Vaccination United Provinces of Agra and Oudh 1902-1913 - 1902-1913
Year: 1902
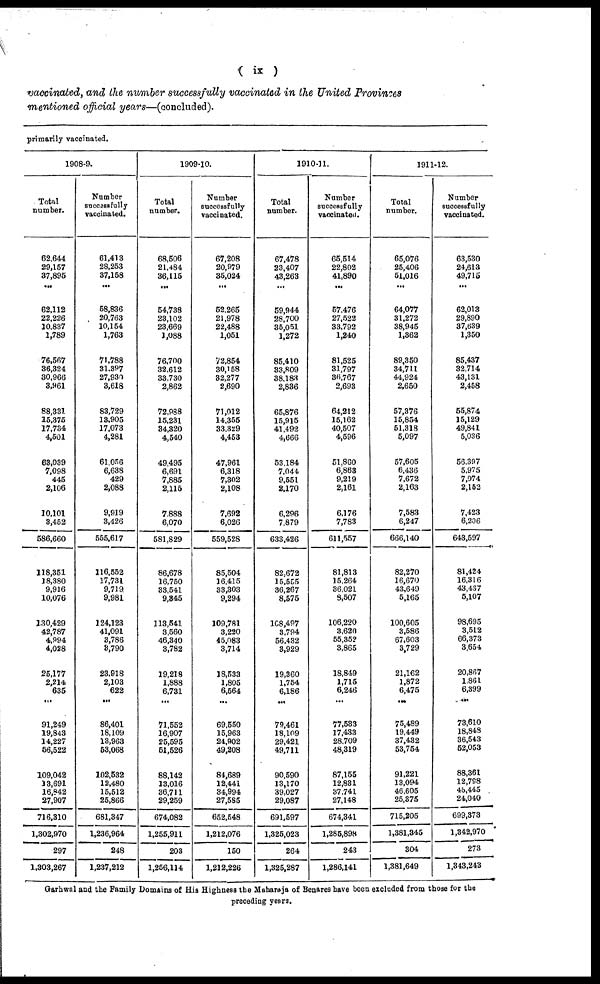
( ix )
vaccinated, and the number successfully vaccinated in the United Provinces
mentioned official years—(concluded).
primarily vaccinated.
1908-9.
Total
number.
62,644
29,157
37,895
...
62,112
22,226
10,837
1,789
76,567
36,324
30,966
3,961
88,331
15,375
17,734
4,501
63,039
7,098
445
2,106
10,101
3,452
586,660
118,351
18,380
9,916
10,076
130,429
42,787
4,994
4,028
25,177
2,214
635
...
91,249
19,843
14,227
56,522
109,042
13,691
16,842
27,907
716,310
1,302,970
297
1,303,267
Number
successfully
vaccinated.
61,413
28,253
37,158
...
58,836
20,763
10,154
1,763
71,788
31,397
27,930
3,618
83,729
13,905
17,073
4,281
61,056
6,638
429
2,088
9,919
3,426
555,617
116,552
17,731
9,719
9,981
124,123
41,091
3,786
3,790
23,918
2,103
622
...
86,401
18,109
13,963
53,068
102,532
12,480
15,512
25,866
681,347
1,236,964
248
1,237,212
1909-10.
Total
number.
68,506
21,484
36,115
...
54,738
23,102
23,669
1,088
76,700
32,612
33,730
2,862
72,988
15,231
34,320
4,540
49,495
6,691
7,885
2,115
7,888
6,070
581,829
86,678
16,750
33,541
9,345
113,541
3,560
46,340
3,782
19,218
1,888
6,731
...
71,552
16,907
25,595
51,526
88,142
13,016
36,711
29,259
674,082
1,255,911
203
1,256,114
Number
successfully
vaccinated.
67,208
20,979
35,024
...
52,265
21,978
22,488
1,051
72,854
30,158
32,277
2,690
71,012
14,355
33,329
4,453
47,961
6,318
7,302
2,108
7,692
6,026
559,528
85,504
16,415
33,303
9,294
109,781
3,220
45,083
3,714
18,533
1,805
6,564
...
69,550
15,963
24,902
49,208
84,689
12,441
34,994
27,585
652,548
1,212,076
150
1,212,226
1910-11.
Total
number.
67,478
23,407
43,263
...
59,944
28,700
35,051
1,272
85,410
33,809
38,183
2,836
65,876
15,915
41,492
4,666
53,184
7,044
9,551
2,170
6,296
7,879
633,426
82,672
15,555
36,267
8,575
108,497
3,794
56,432
3,929
19,360
1,754
6,186
...
79,461
18,109
29,421
49,711
90,590
13,170
39,027
29,087
691,597
1,325,023
264
1,325,287
Number
successfully
vaccinated.
65,514
22,802
41,890
...
57,476
27,522
33,792
1,240
81,525
31,797
36,767
2,693
64,212
15,162
40,507
4,596
51,860
6,863
9,219
2,161
6,176
7,783
611,557
81,813
15,264
36,021
8,507
106,220
3,620
55,352
3,865
18,849
1,715
6,246
...
77,533
17,433
28,709
48,319
87,155
12,831
37,741
27,148
674,341
1,285,898
243
1,286,141
1911-12.
Total
number.
65,076
25,406
51,016
...
64,077
31,272
38,945
1,362
89,350
34,711
44,924
2,650
57,376
15,854
51,318
5,097
57,605
6,436
7,672
2,163
7,583
6,247
666,140
82,270
16,670
43,649
5,165
100,605
3,586
67,603
3,729
21,162
1,872
6,475
...
75,489
19,449
37,432
53,754
91,221
13,094
46,605
25,375
715,205
1,381,345
304
1,381,649
Number
successfully
vaccinated.
63,530
24,613
49,715
...
62,013
29,890
37,639
1,350
85,437
32,714
43,131
2,458
55,874
15,129
49,841
5,036
56,397
5,975
7,074
2,152
7,423
6,206
643,597
81,424
16,316
43,467
5,107
98,695
3,512
66,373
3,654
20,867
1,861
6,399
...
73,610
18,848
36,543
52,053
88,361
12,798
45,445
24,040
699,373
1,342,970
273
1,343,243
Garhwal and the Family Domains of His Highness the Maharaja of Benares have been excluded from those for the
preceding years.